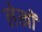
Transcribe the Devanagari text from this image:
लेखोंं